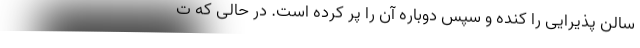
سالن پذیرایی را کنده و سپس دوباره آن را پر کرده است. در حالی که ت